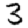
Digit: 3